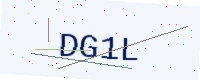
Text: DG1L